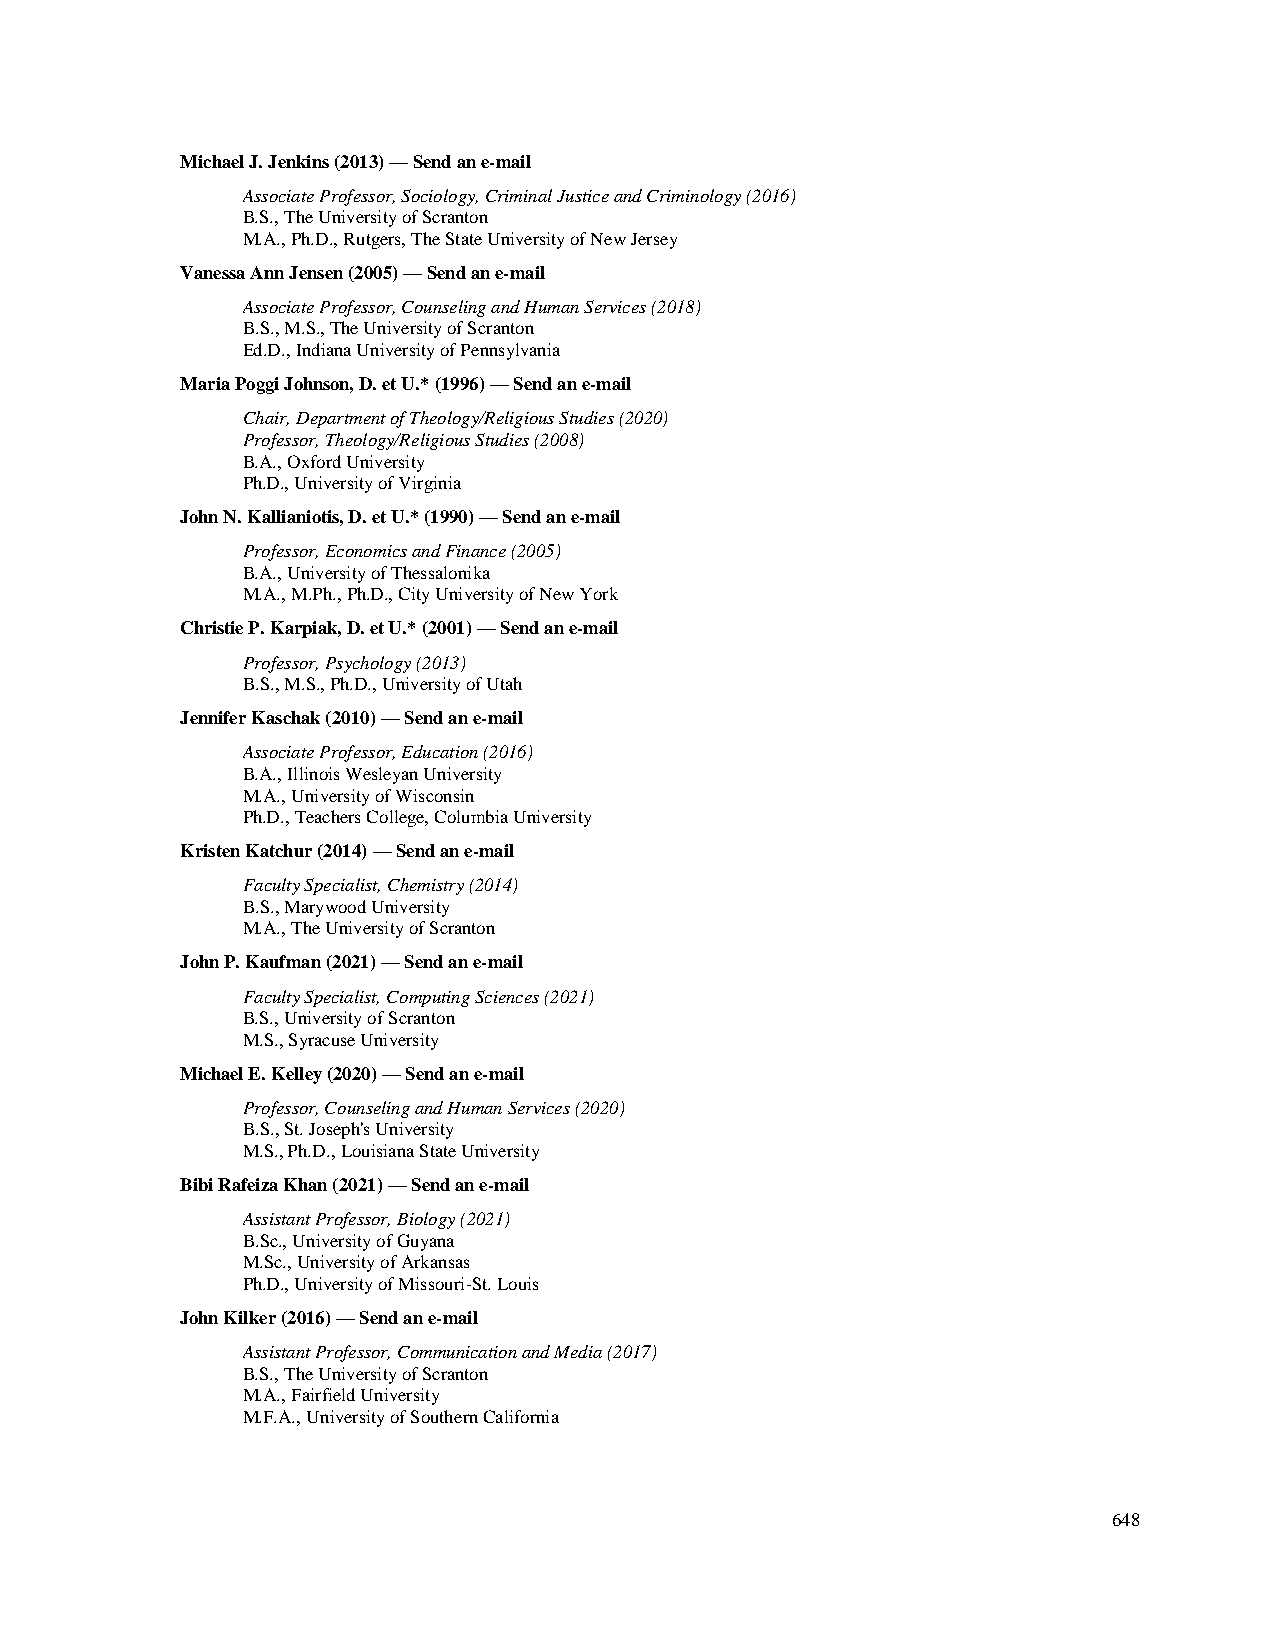
Michael J. Jenkins (2013) — Send an e-mail
 Associate Professor, Sociology, Criminal Justice and Criminology (2016)
 B.S., The University of Scranton
 M.A., Ph.D., Rutgers, The State University of New Jersey
 Vanessa Ann Jensen (2005) — Send an e-mail
 Associate Professor, Counseling and Human Services (2018)
 B.S., M.S., The University of Scranton
 Ed.D., Indiana University of Pennsylvania
 Maria Poggi Johnson, D. et U.* (1996) — Send an e-mail
 Chair, Department of Theology/Religious Studies (2020)
 Professor, Theology/Religious Studies (2008)
 B.A., Oxford University
 Ph.D., University of Virginia
 John N. Kallianiotis, D. et U.* (1990) — Send an e-mail
 Professor, Economics and Finance (2005)
 B.A., University of Thessalonika
 M.A., M.Ph., Ph.D., City University of New York
 Christie P. Karpiak, D. et U.* (2001) — Send an e-mail
 Professor, Psychology (2013)
 B.S., M.S., Ph.D., University of Utah
 Jennifer Kaschak (2010) — Send an e-mail
 Associate Professor, Education (2016)
 B.A., Illinois Wesleyan University
 M.A., University of Wisconsin
 Ph.D., Teachers College, Columbia University
 Kristen Katchur (2014) — Send an e-mail
 Faculty Specialist, Chemistry (2014)
 B.S., Marywood University
 M.A., The University of Scranton
 John P. Kaufman (2021) — Send an e-mail
 Faculty Specialist, Computing Sciences (2021)
 B.S., University of Scranton
 M.S., Syracuse University
 Michael E. Kelley (2020) — Send an e-mail
 Professor, Counseling and Human Services (2020)
 B.S., St. Joseph's University
 M.S., Ph.D., Louisiana State University
 Bibi Rafeiza Khan (2021) — Send an e-mail
 Assistant Professor, Biology (2021)
 B.Sc., University of Guyana
 M.Sc., University of Arkansas
 Ph.D., University of Missouri-St. Louis
 John Kilker (2016) — Send an e-mail
 Assistant Professor, Communication and Media (2017)
 B.S., The University of Scranton
 M.A., Fairfield University
 M.F.A., University of Southern California
 648